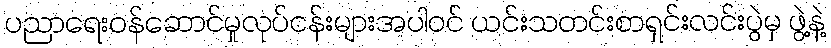
ပညာရေးဝန်ဆောင်မှုလုပ်ငန်းများအပါဝင် ယင်းသတင်းစာရှင်းလင်းပွဲမှ ဖွဲ့နဲ့